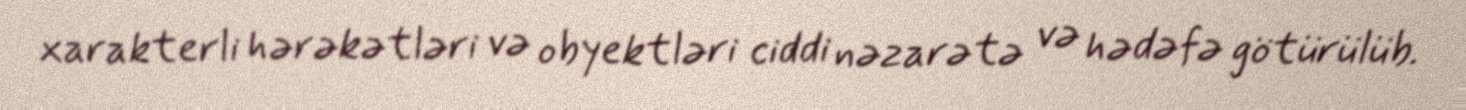
xarakterli hərəkətləri və obyektləri ciddi nəzarətə və hədəfə götürülüb.